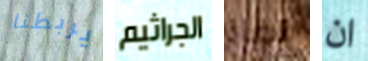
يربطنا الجراثيم نفاذ ان